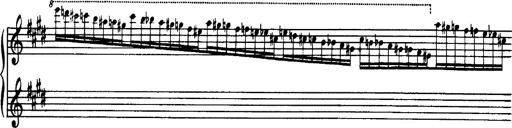
Title: OuvertÃ¼re zu TannhÃ¤user
Composer: Franz Liszt